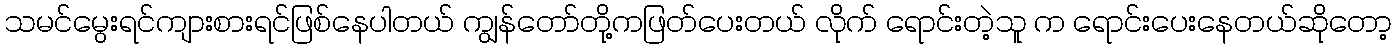
သမင်မွေးရင်ကျားစားရင်ဖြစ်နေပါတယ် ကျွန်တော်တို့ကဖြတ်ပေးတယ် လိုက် ရောင်းတဲ့သူ က ရောင်းပေးနေတယ်ဆိုတော့